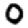
Digit: 0